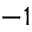
- 1